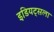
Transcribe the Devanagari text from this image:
इडियट्सला